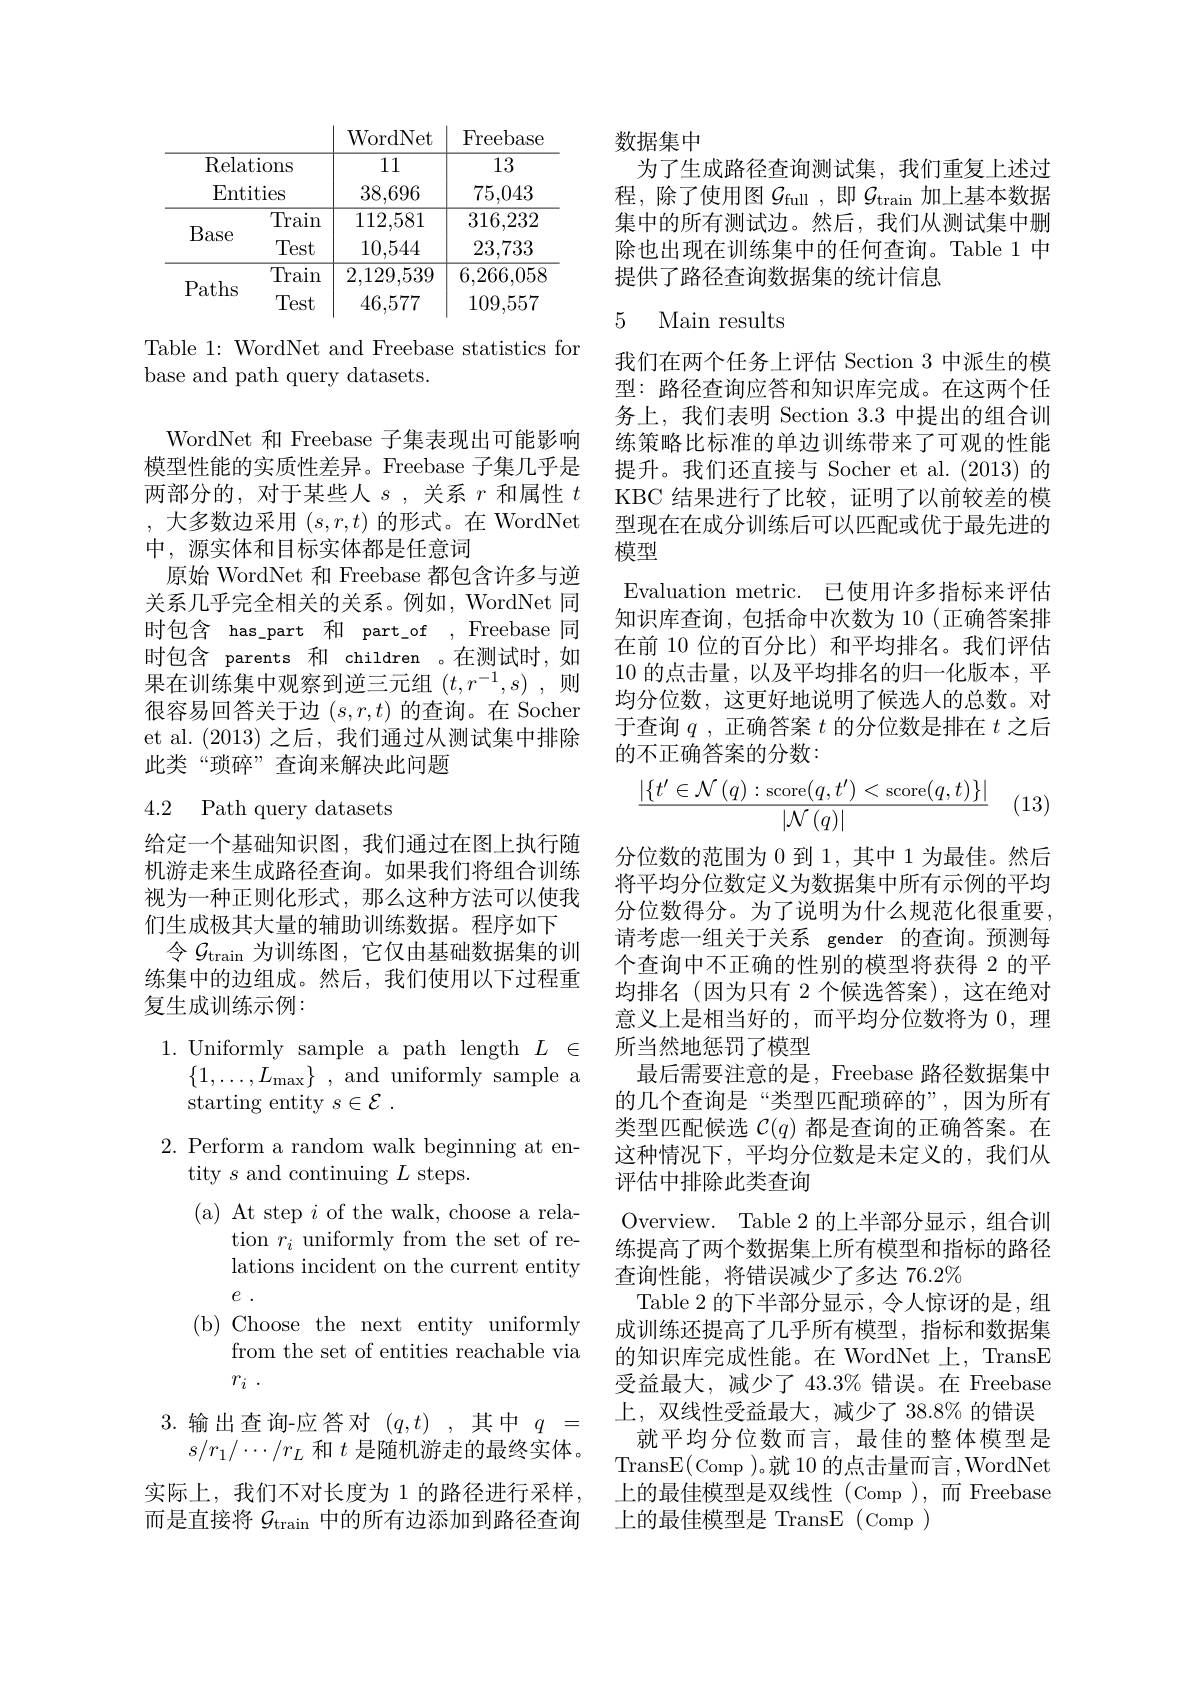
<table>
	<tbody>
		<tr>
			<th> </th>
			<th>WordNet</th>
			<th>Freebase</th>
		</tr>
		<tr>
			<td>Relations Entities</td>
			<td>111 38,696</td>
			<td>13 75,043</td>
		</tr>
		<tr>
			<td>Train Base Test</td>
			<td>112,581 10.544</td>
			<td>316,232 23.733</td>
		</tr>
		<tr>
			<td>$\Gamma$dUIS Test</td>
			<td>46,577</td>
			<td>109,557</td>
		</tr>
	</tbody>
</table>

Table 1: WordNet and Freebase statistics for
base and path query datasets.

WordNet 和 Freebase 子集表现出可能影响模型性能的实质性差异。Freebase 子集几乎是两部分的，对于某些人$s$,关系$r$ 和属性 $t$ ,大多数边采用$(s,r,t)$的形式。在 WordNet 中，源实体和目标实体都是任意词
原始 WordNet 和 Freebase 都包含许多与逆关系几乎完全相关的关系。例如，WordNet 同时包含 has\_part 和 part\_of , Freebase 同时包含 parents 和 children 。在测试时，如果在训练集中观察到逆三元组$(t,r^-1,s)$则很容易回答关于边$(s,r,t)$的查询。在 Socher et al.(2013)之后，我们通过从测试集中排除此类“琐碎”查询来解决此问题

# 4.2 Path query datasets

给定一个基础知识图，我们通过在图上执行随机游走来生成路径查询。如果我们将组合训练视为一种正则化形式，那么这种方法可以使我们生成极其大量的辅助训练数据。程序如下
令$\mathcal{G}_\mathrm{train}$为训练图，它仅由基础数据集的训练集中的边组成。然后，我们使用以下过程重复生成训练示例：
1.Uniformly sample a path length $L\in$
$\{1,\ldots,L_{\mathrm{max}}\}~,~$and uniformly sample a
starting entity $s\in \mathcal{E}$ .
2. Perform a random walk beginning at en-
tity $s$ and continuing $L$ steps.
( a) At step $i$ of the walk, choose a rela-

tion $r_i$ uniformly from the set of relations incident on the current entity $e$ .
(b)Choose the next entity uniformly
from the set of entities reachable via
$r_i$ .
3.输出查询-应答对$(q,t)$,其中$q=$

$s/r_1/\cdots/r_L$和$t$是随机游走的最终实体。实际上，我们不对长度为 1 的路径进行采样， 而是直接将$\mathcal{G}_\mathrm{train}$中的所有边添加到路径查询

数据集中
为了生成路径查询测试集，我们重复上述过程，除了使用图$\mathcal{G}_\mathrm{full}$ ,即$\mathcal{G}_\mathrm{train}$加上基本数据集中的所有测试边。然后，我们从测试集中删除也出现在训练集中的任何查询。Table 1 中提供了路径查询数据集的统计信息

# 5 Main results

我们在两个任务上评估 Section 3 中派生的模型：路径查询应答和知识库完成。在这两个任务上，我们表明 Section 3.3 中提出的组合训练策略比标准的单边训练带来了可观的性能提升。我们还直接与 Socher et al. (2013) 的KBC 结果进行了比较，证明了以前较差的模型现在在成分训练后可以匹配或优于最先进的模型
Evaluation metric. 已使用许多指标来评估知识库查询，包括命中次数为 10(正确答案排在前 10 位的百分比) 和平均排名。我们评估10的点击量，以及平均排名的归一化版本，平均分位数，这更好地说明了候选人的总数。对于查询$q$ ,正确答案$t$的分位数是排在$t$之后的不正确答案的分数：
$$\frac{|\{t'\in\mathcal{N}\left(q\right):\mathrm{score}(q,t')<\mathrm{score}(q,t)\}|}{|\mathcal{N}\left(q\right)|}$$
(13)

分位数的范围为 0 到 1, 其中 1 为最佳。然后将平均分位数定义为数据集中所有示例的平均分位数得分。为了说明为什么规范化很重要， 请考虑一组关于关系 gender 的查询。预测每个查询中不正确的性别的模型将获得 2 的平均排名(因为只有 2 个候选答案),这在绝对意义上是相当好的，而平均分位数将为0，理所当然地惩罚了模型
最后需要注意的是，Freebase 路径数据集中的几个查询是“类型匹配琐碎的”,因为所有类型匹配候选$\mathcal{C}(q)$都是查询的正确答案。在这种情况下，平均分位数是未定义的，我们从评估中排除此类查询
Overview. Table 2 的上半部分显示，组合训练提高了两个数据集上所有模型和指标的路径查询性能，将错误减少了多达 76.2%
Table 2 的下半部分显示，令人惊讶的是，组成训练还提高了几乎所有模型，指标和数据集的知识库完成性能。在 WordNet 上，TransE 受益最大，减少了 43.3% 错误。在 Freebase 上，双线性受益最大，减少了 38.8% 的错误
就平均分位数而言，最佳的整体模型是TransE(Comp )。就 10 的点击量而言，WordNet 上的最佳模型是双线性(Comp),而Freebase 上的最佳模型是 TransE (Comp )